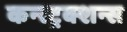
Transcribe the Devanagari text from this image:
कन्स्ट्रक्शन्स